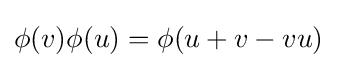
\phi (v)\phi (u)=\phi (u+v-vu)